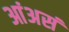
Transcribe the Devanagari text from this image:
आंअसं